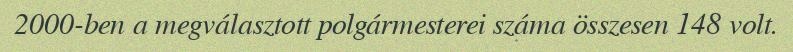
2000-ben a megválasztott polgármesterei száma összesen 148 volt.